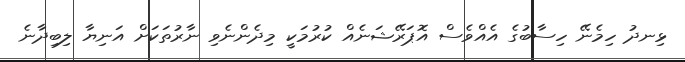
ޅިނދު ހިމެނޭ ހިސާބުގެ އެއްވެސް އޮޕަރޭޝަނެއް ކުރުމަކީ މިދެންނެވި ނާރުތަކަށް އަނިޔާ ލިބިދާނެ